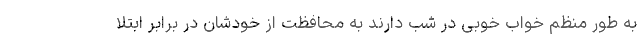
به طور منظم خواب خوبی در شب دارند به محافظت از خودشان در برابر ابتلا